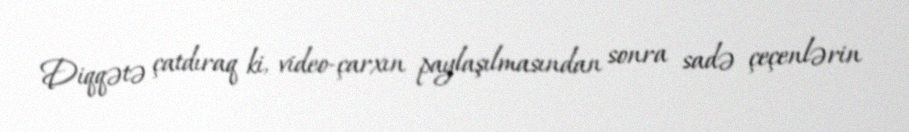
Diqqətə çatdıraq ki, video-çarxın paylaşılmasından sonra sadə çeçenlərin